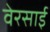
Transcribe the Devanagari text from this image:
वेरसाई